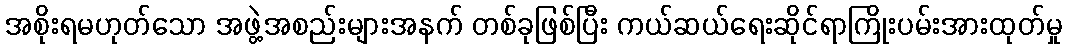
အစိုးရမဟုတ်သော အဖွဲ့အစည်းများအနက် တစ်ခုဖြစ်ပြီး ကယ်ဆယ်ရေးဆိုင်ရာကြိုးပမ်းအားထုတ်မှု